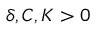
\delta , C , K > 0